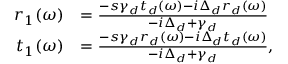
\begin{array} { r l } { r _ { 1 } ( \omega ) } & { = \frac { - s \gamma _ { d } t _ { d } ( \omega ) - i \Delta _ { d } r _ { d } ( \omega ) } { - i \Delta _ { d } + \gamma _ { d } } } \\ { t _ { 1 } ( \omega ) } & { = \frac { - s \gamma _ { d } r _ { d } ( \omega ) - i \Delta _ { d } t _ { d } ( \omega ) } { - i \Delta _ { d } + \gamma _ { d } } , } \end{array}